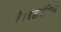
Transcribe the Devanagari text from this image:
है।इंडोनेशिया